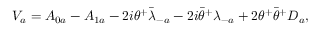
V _ { a } = A _ { 0 a } - A _ { 1 a } - 2 i \theta ^ { + } { \bar { \lambda } } _ { - a } - 2 i { \bar { \theta } } ^ { + } \lambda _ { - a } + 2 \theta ^ { + } { \bar { \theta } } ^ { + } D _ { a } ,